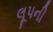
લૂપની